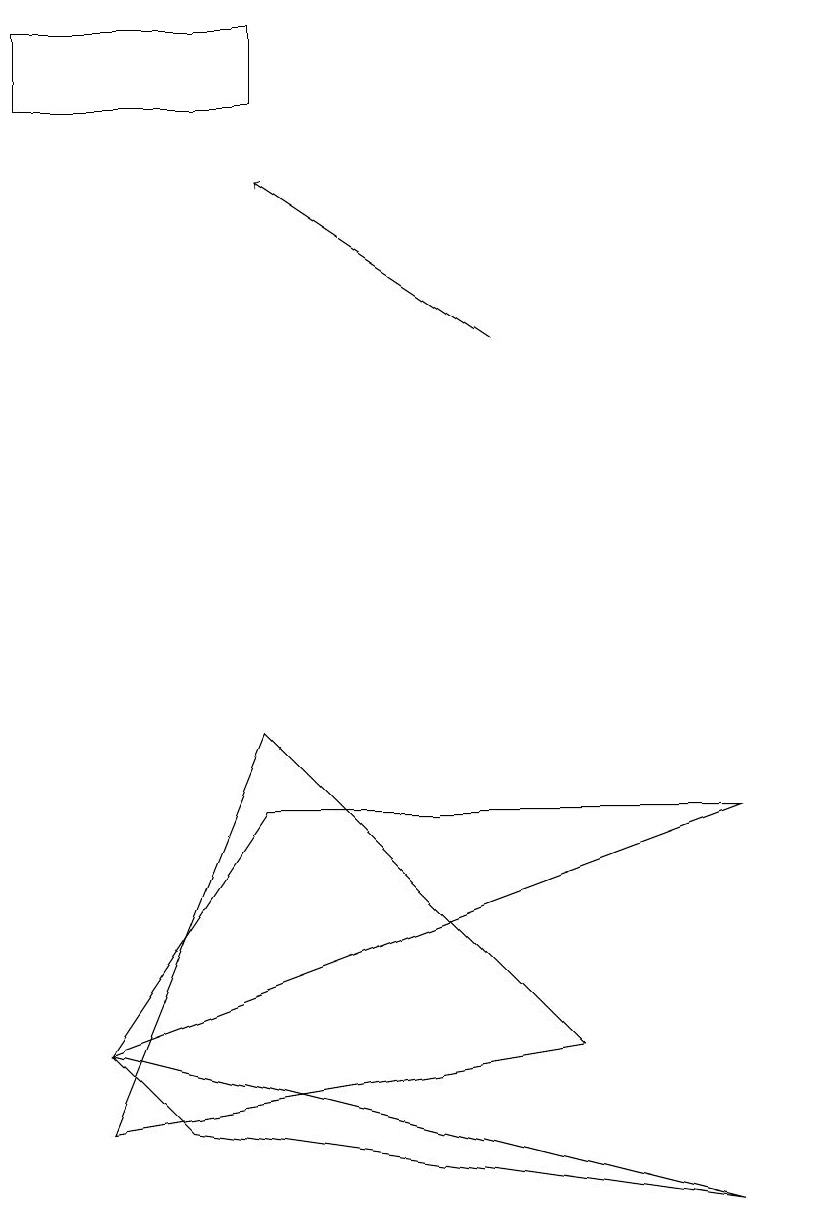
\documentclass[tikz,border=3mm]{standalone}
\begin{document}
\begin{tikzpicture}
\draw (9,3) -- (2,4) -- (1,5) -- cycle;
\draw (3,9) -- (7,5) -- (1,4) -- cycle;
\draw (3,8) -- (9,8) -- (1,5) -- cycle;
\draw (3,18) rectangle (0,17);
\draw[->] (6,14) -- (3,16);
\draw (10,11) circle (0);
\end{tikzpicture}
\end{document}